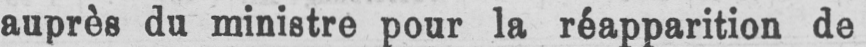
auprès du ministre pour la réapparition de